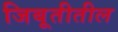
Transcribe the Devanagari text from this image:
जिबूतीतील